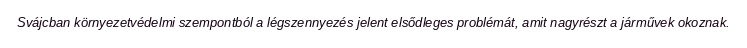
Svájcban környezetvédelmi szempontból a légszennyezés jelent elsődleges problémát, amit nagyrészt a járművek okoznak.